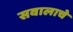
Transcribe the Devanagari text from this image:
सवालाचे